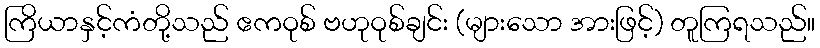
ကြိယာနှင့်ကံတို့သည် ဧကဝုစ် ဗဟုဝုစ်ချင်း (များသော အားဖြင့်) တူကြရသည်။